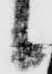
候